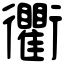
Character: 衢